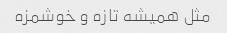
مثل همیشه تازه و خوشمزه